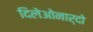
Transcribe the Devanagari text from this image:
दिलेओनार्दो